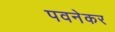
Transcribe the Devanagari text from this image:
पवनेकर